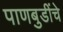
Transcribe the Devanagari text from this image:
पाणबुडींचे